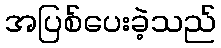
အပြစ်ပေးခဲ့သည်